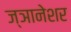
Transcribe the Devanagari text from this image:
ज्ञानेशर